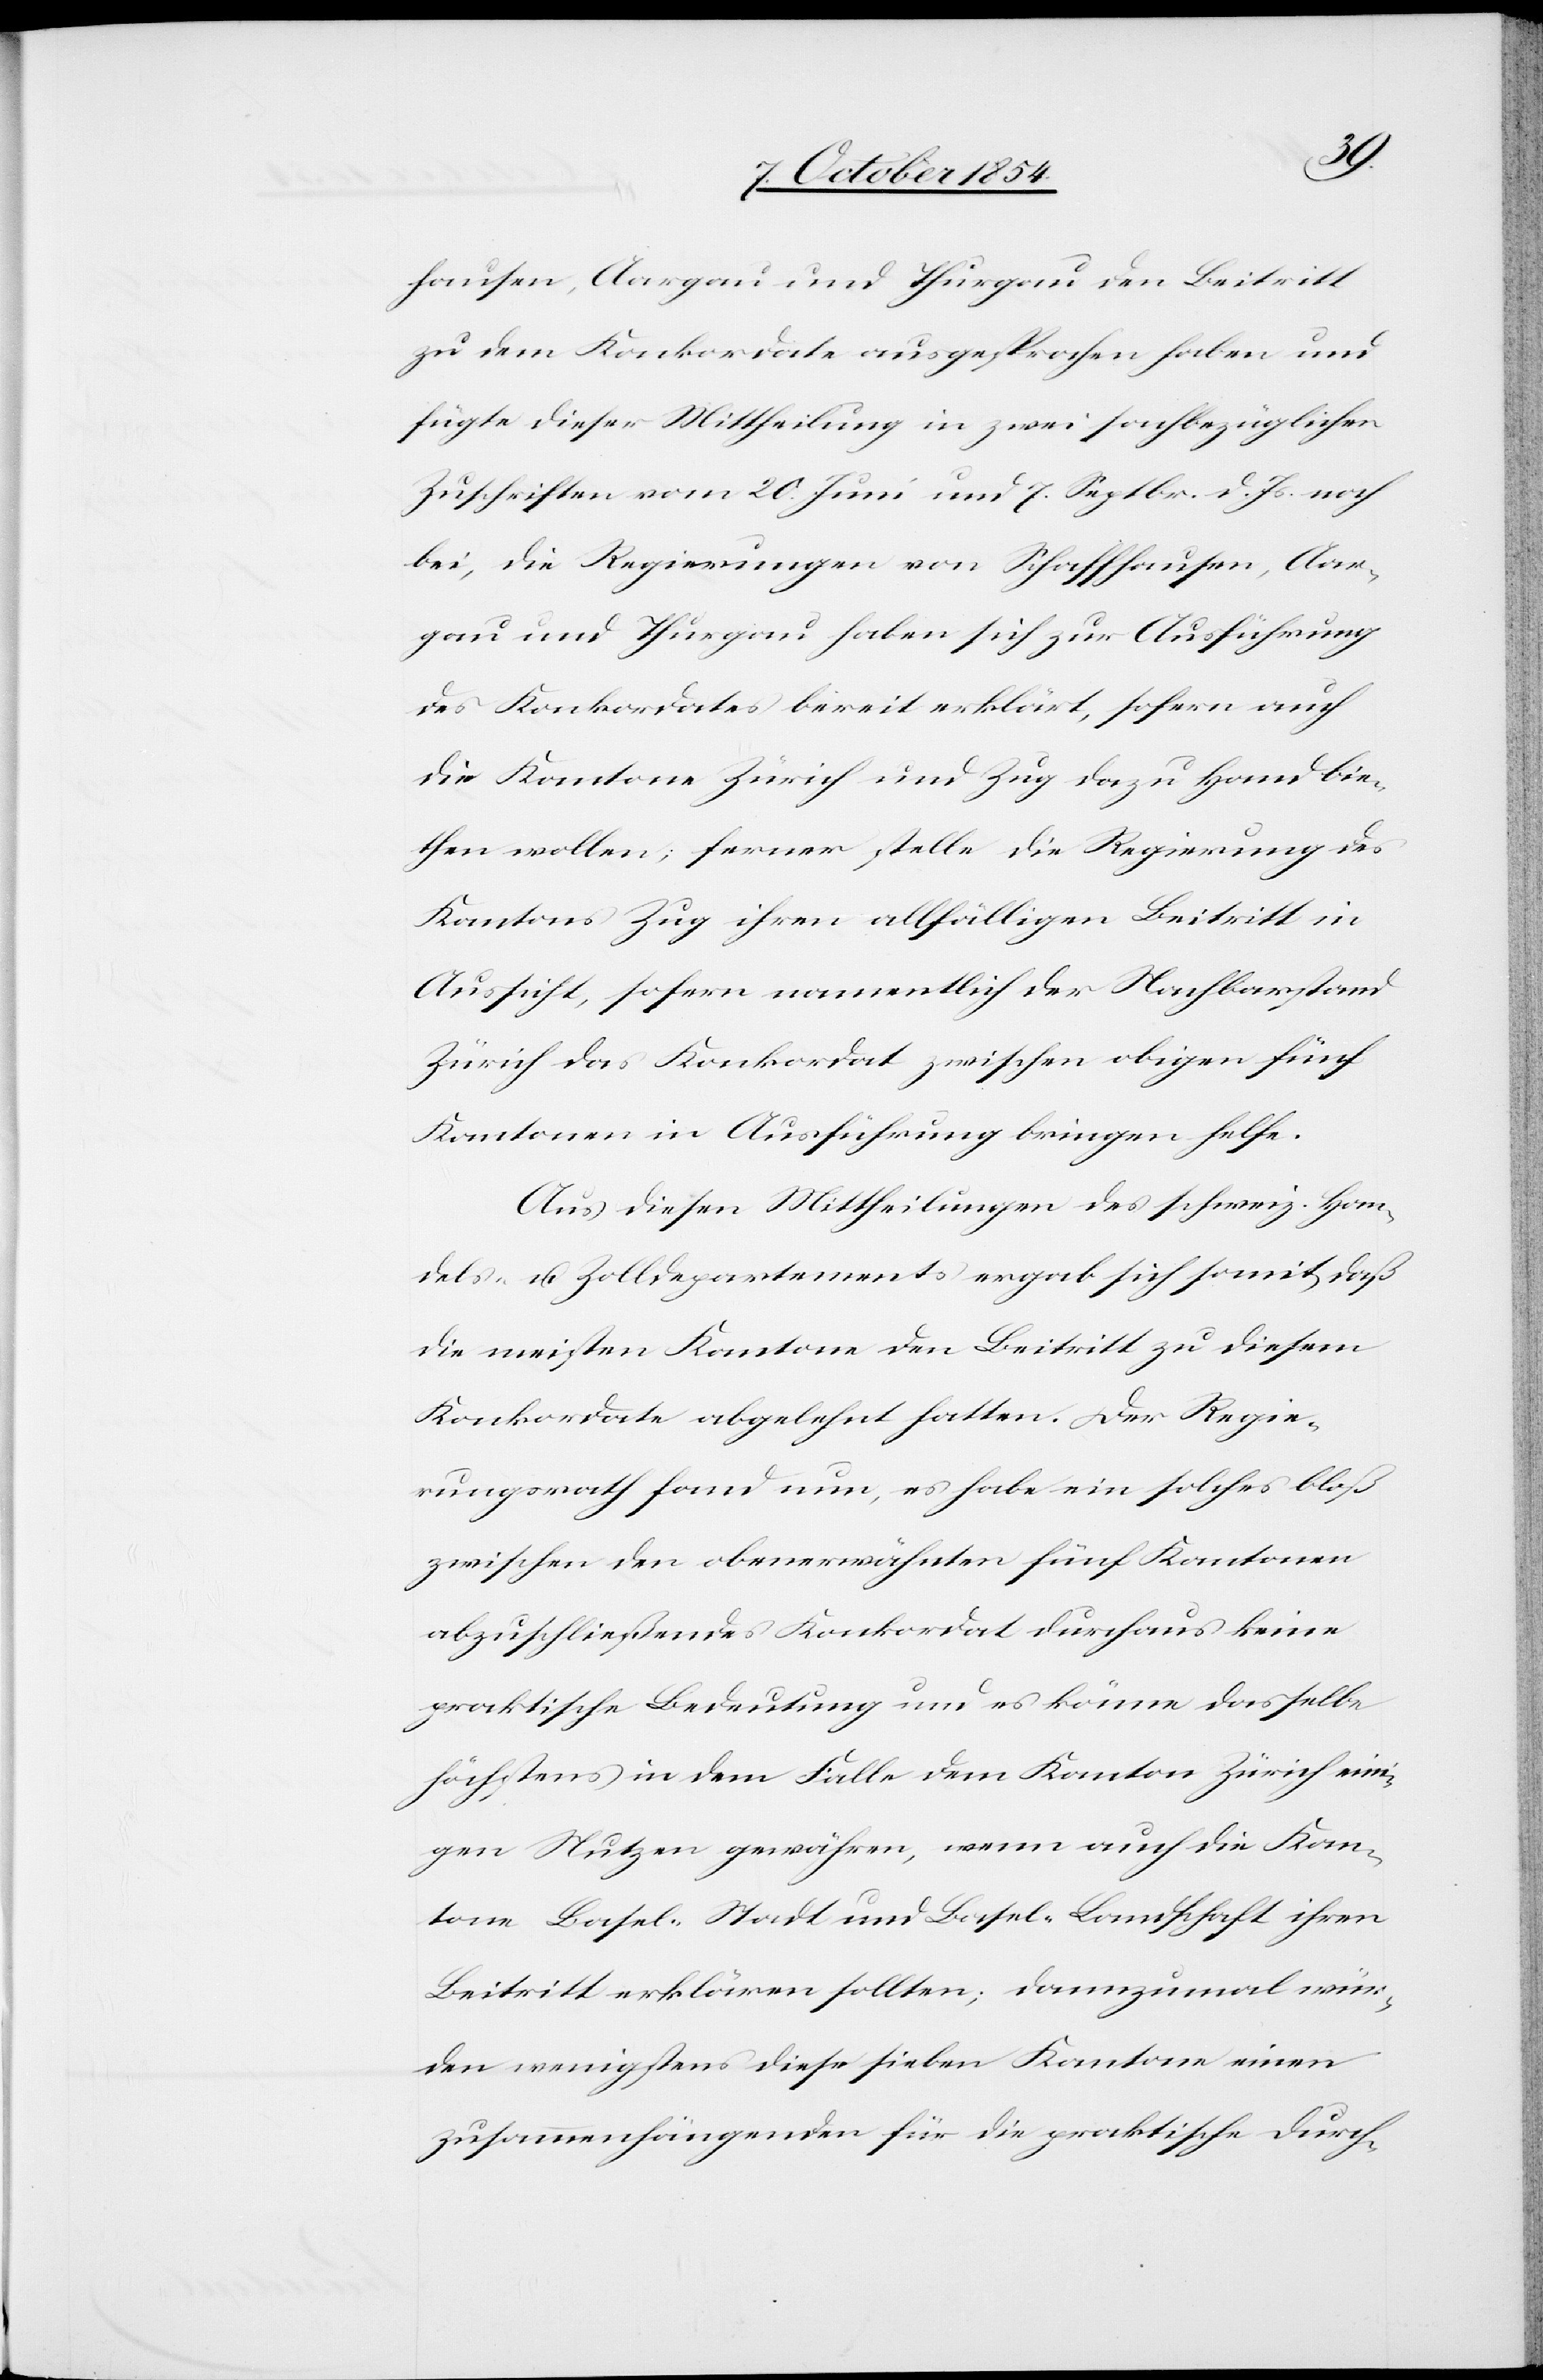
hausen, Aargau und Thurgau den Beitritt
zu dem Konkordate ausgesprochen haben und
fügte dieser Mittheilung in zwei sachbezüglichen
Zuschriften vom 20. Juni und 7. Septbr. d. Js. noch
bei, die Regierungen von Schaffhausen, Aar¬
gau und Thurgau haben sich zur Ausführung
des Konkordates bereit erklärt, sofern auch
die Kantone Zürich und Zug dazu Hand bie¬
then wollen; ferner stellte die Regierung des
Kantons Zug ihren allfälligen Beitritt in
Aussicht, sofern namentlich der Nachbarstand
Zürich das Konkordat zwischen obigen fünf
Kantonen in Ausführung bringen helfe.
Aus diesen Mittheilungen des schweiz. Han¬
dels- u. Zolldepartements ergab sich somit, daß
die meisten Kantone den Beitritt zu diesem
Konkordate abgelehnt hatten. Der Regie¬
rungsrath fand nun, es habe ein solches bloß
zwischen den obenerwähnten fünf Kantonen
abzuschließendes Konkordat durchaus keine
praktische Bedeutung und es könne dasselbe
höchstens in dem Falle dem Kanton Zürich eini¬
gen Nutzen gewähren, wenn auch die Kan¬
tone Basel-Stadt und Basel-Landschaft ihren
Beitritt erklären sollten; dannzumal wür¬
den wenigstens diese sieben Kantone einen
zusammenhängenden für die praktische Durch-